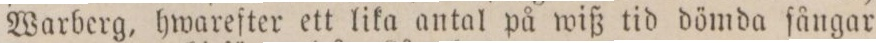
Warberg, hwarefter ett lika antal på wiß tid dömda fångar